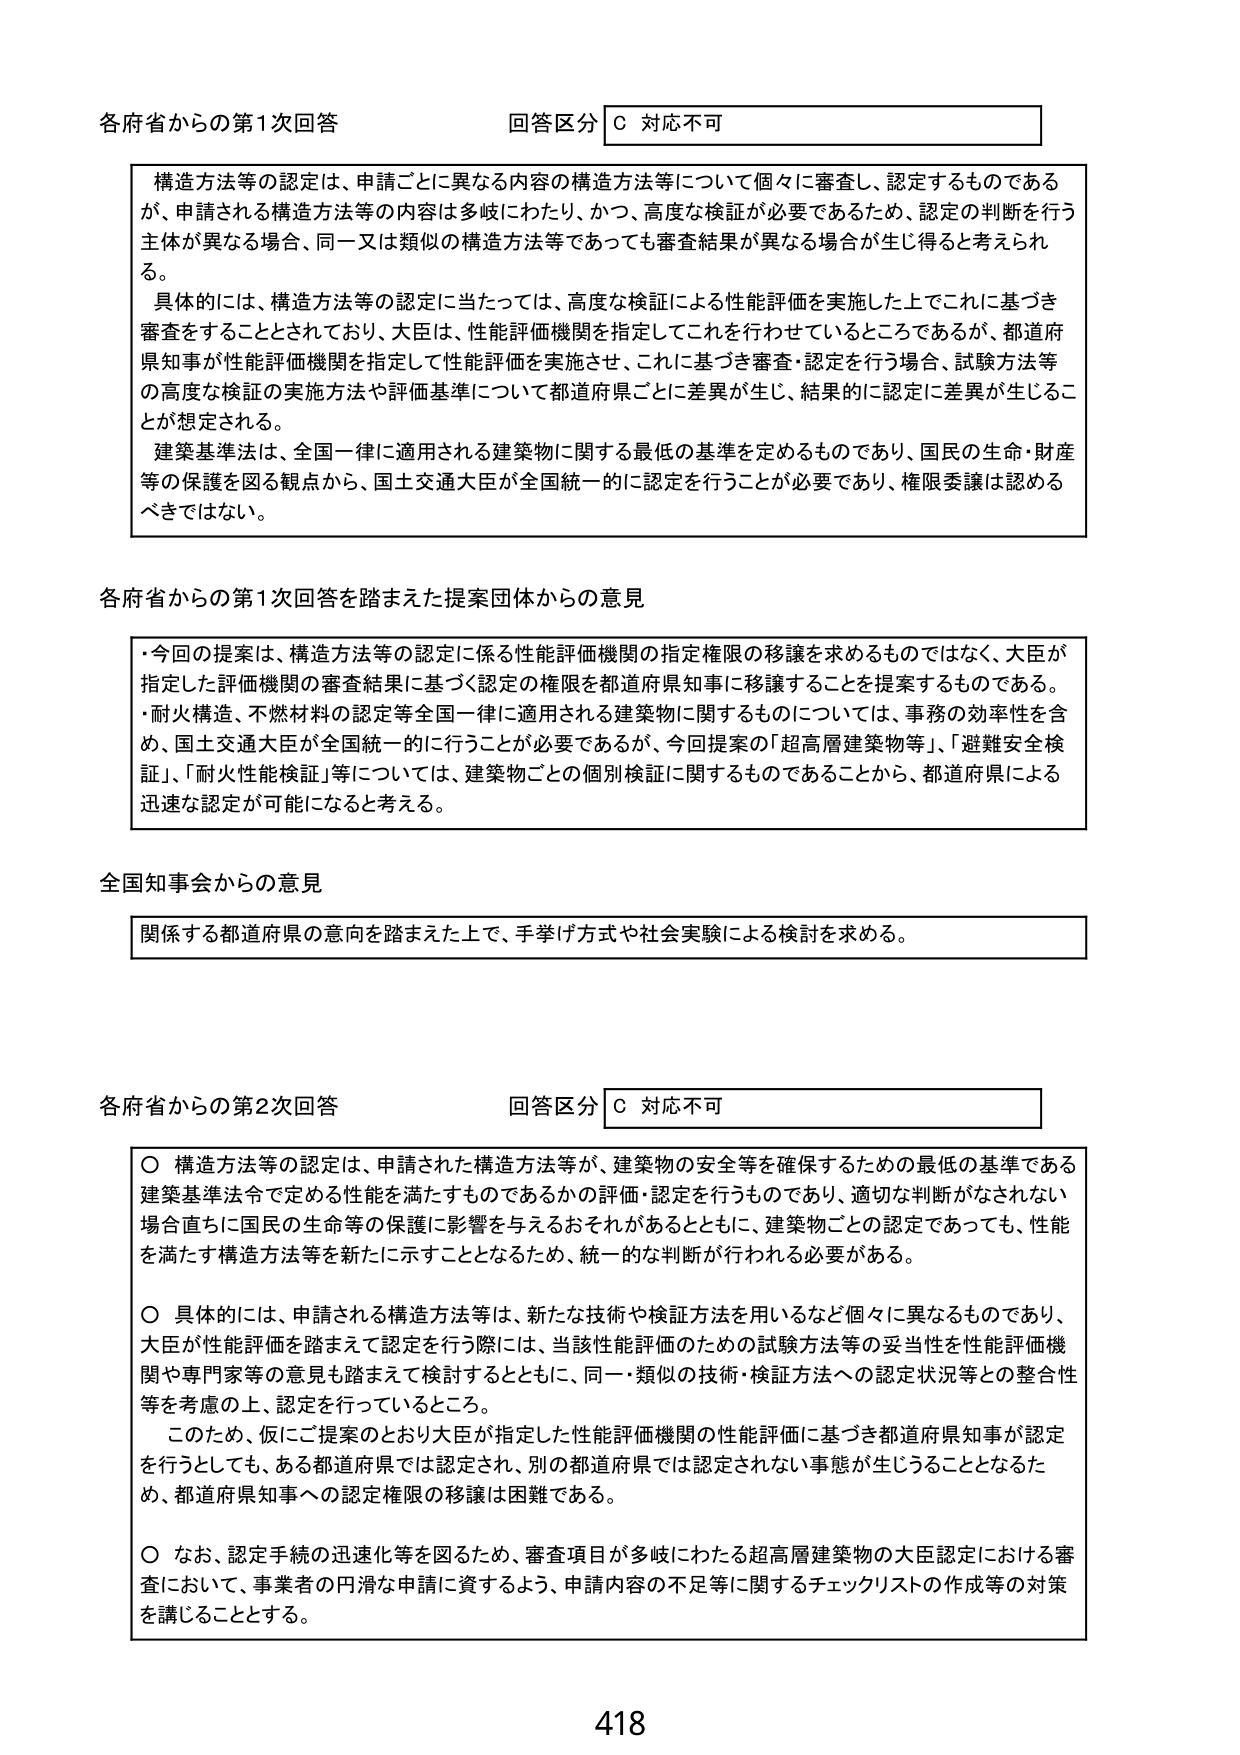
各府省からの第1次回答 回答区分 C 対応不可

構造方法等の認定は、申請ごとに異なる内容の構造方法等について個々に審査し、認定するものであるが、申請される構造方法等の内容は多岐にわたり、かつ、高度な検証が必要であるため、認定の判断を行う主体が異なる場合、同一又は類似の構造方法等であっても審査結果が異なる場合が生じ得ると考えられる。

具体的には、構造方法等の認定に当たっては、高度な検証による性能評価を実施した上でこれに基づき審査をすることとされており、大臣は、性能評価機関を指定してこれを行わせているところであるが、都道府県知事が性能評価機関を指定して性能評価を実施させ、これに基づき審査・認定を行う場合、試験方法等の高度な検証の実施方法や評価基準について都道府県ごとに差異が生じ、結果的に認定に差異が生じることが想定される。

建築基準法は、全国一律に適用される建築物に関する最低の基準を定めるものであり、国民の生命・財産等の保護を図る観点から、国土交通大臣が全国統一的に認定を行うことが必要であり、権限委譲は認めるべきではない。

各府省からの第1次回答を踏まえた提案団体からの意見

・今回の提案は、構造方法等の認定に係る性能評価機関の指定権限の移譲を求めるものではなく、大臣が指定した評価機関の審査結果に基づく認定の権限を都道府県知事に移譲することを提案するものである。
・耐火構造、不燃材料の認定等全国一律に適用される建築物に関するものについては、事務の効率性を含め、国土交通大臣が全国統一的に行うことが必要であるが、今回提案の「超高層建築物等」、「避難安全検証」、「耐火性能検証」等については、建築物ごとの個別検証に関するものであることから、都道府県による迅速な認定が可能になると考える。

全国知事会からの意見

関係する都道府県の意向を踏まえた上で、手挙げ方式や社会実験による検討を求める。

各府省からの第2次回答 回答区分 C 対応不可

○ 構造方法等の認定は、申請された構造方法等が、建築物の安全等を確保するための最低の基準である建築基準法令で定める性能を満たすものであるかの評価・認定を行うものであり、適切な判断がなされない場合直ちに国民の生命等の保護に影響を与えるおそれがあるとともに、建築物ごとの認定であっても、性能を満たす構造方法等を新たに示すこととなるため、統一的な判断が行われる必要がある。

○ 具体的には、申請される構造方法等は、新たな技術や検証方法を用いるなど個々に異なるものであり、大臣が性能評価を踏まえて認定を行う際には、当該性能評価のための試験方法等の妥当性を性能評価機関や専門家等の意見も踏まえて検討するとともに、同一・類似の技術・検証方法への認定状況等との整合性等を考慮の上、認定を行っているところ。

このため、仮にご提案のとおり大臣が指定した性能評価機関の性能評価に基づき都道府県知事が認定を行うとしても、ある都道府県では認定され、別の都道府県では認定されない事態が生じうこととなるため、都道府県知事への認定権限の移譲は困難である。

○ なお、認定手続の迅速化等を図るため、審査項目が多岐にわたる超高層建築物の大臣認定における審査において、事業者の円滑な申請に資するよう、申請内容の不足等に関するチェックリストの作成等の対策を講じることとする。

418